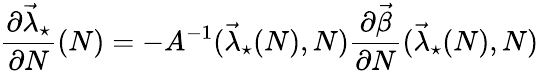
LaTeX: \frac{\partial\vec{\lambda}_{\star}}{\partial N}(N)=-A^{-1}(\vec{\lambda}_{\star}(N),N)\frac{\partial\vec{\beta}}{\partial N}(\vec{\lambda}_{\star}(N),N)